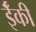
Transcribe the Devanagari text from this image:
ईँकी